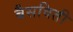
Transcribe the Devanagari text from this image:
बैसविती